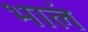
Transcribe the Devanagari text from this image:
भालं